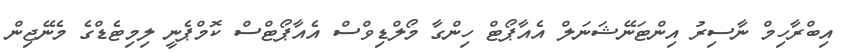
އިބްރާހިމް ނާސިރު އިންޓަނޭޝަނަލް އެއާޕޯޓް ހިންގާ މޯލްޑިވްސް އެއާޕޯޓްސް ކޮމްޕެނީ ލިމިޓެޑްގެ މެނޭޖިން